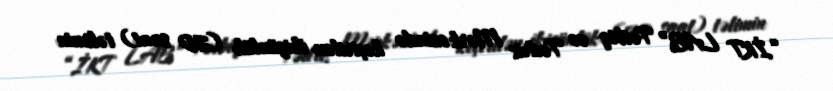
“İKT LAB” Tətbiq və Tədris Mərkəzində keçirilən ikigünlük (20 saat) təlimin